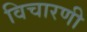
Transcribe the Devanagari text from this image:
विचारणी